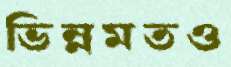
ভিন্নমতও